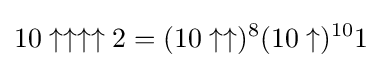
10\uparrow \uparrow \uparrow \uparrow 2=(10\uparrow \uparrow )^{8}(10\uparrow )^{10}1